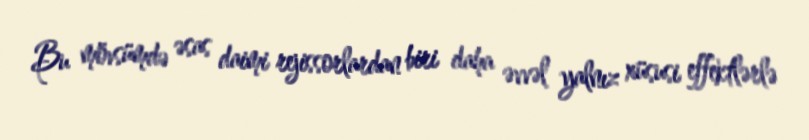
Bu mövsümdə əsas daimi rejissorlardan biri daha əvvəl yalnız xüsusi effektlərlə